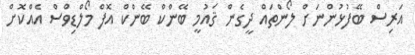
އަރިސް ބޭފުޅުންނަށް ލޯންތައް ދީގެން ޤައުމީ ބޭންކް ބޭންކް އޮފް މޯލްޑިވްސް އެއްކޮށް